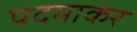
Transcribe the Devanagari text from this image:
पदमाकर